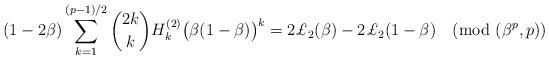
LaTeX: \begin{align*}(1-2\beta)\sum_{k=1}^{(p-1)/2}\binom{2k}{k}H_k^{(2)} \bigl(\beta(1-\beta)\bigr)^k=2\pounds_2(\beta)-2\pounds_2(1-\beta)\pmod{(\beta^p,p)}\end{align*}